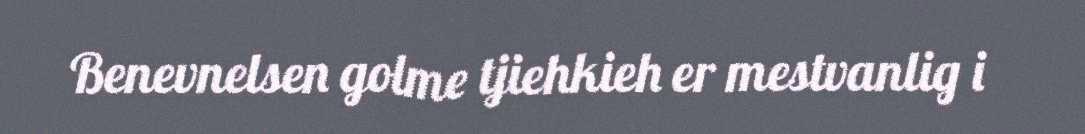
Benevnelsen golme tjiehkieh er mestvanlig i